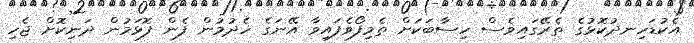
އެކުޑަހިނދުކޮޅުގެ ތެރޭގައިވެސް ހިސާބަކަށް ތެމިފޯވެފައިވާ އޭނަގެ ހެދުމުން ފެން ފޮޅަމުން ދަނިކޮށް ޖެހި